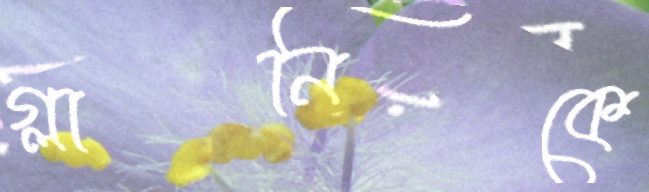
গ্লানিকে